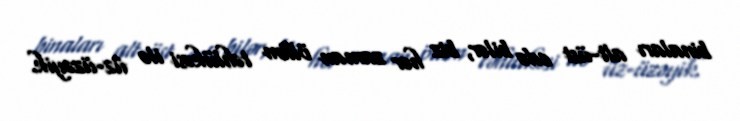
binaları alt-üst edə bilər, biz hər zaman ölüm təhlükəsi ilə üz-üzəyik.